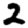
Digit: 2